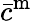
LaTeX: \bar{c}^{\mathrm{m}}